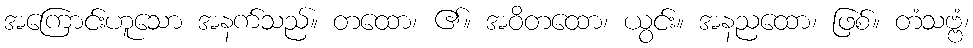
အကြောင်းဟူသော အနက်သည်။ တထော၊ ၏။ အဝိတထော၊ ယွင်း။ အနညထော၊ ဖြစ်။ တံသဗ္ဗံ၊